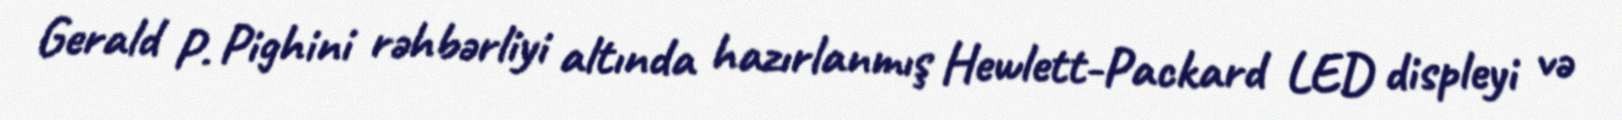
Gerald P. Pighini rəhbərliyi altında hazırlanmış Hewlett-Packard LED displeyi və